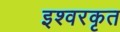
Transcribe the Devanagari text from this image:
इश्वरकृत